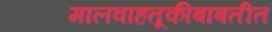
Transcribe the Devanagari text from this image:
मालवाहतूकीबाबतीत